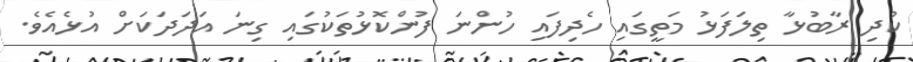
ކުދި ރާބުޅާ ތިލަފަޅު މަތީގައި ހެދިފައި ހުންނަ ފުންކޮޅުތަކުގައި ގިނަ އަދަދަކަށް އުޅެއެވެ.